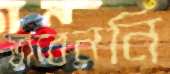
ভাবেননি